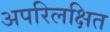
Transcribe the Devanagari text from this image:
अपरिलक्षित